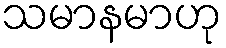
သမာနမာဟု